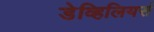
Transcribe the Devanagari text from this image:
डेव्हिलियर्स